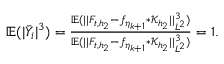
\begin{array} { r } { \mathbb { E } ( | \bar { Y } _ { i } | ^ { 3 } ) = \frac { \mathbb { E } ( \vert \vert F _ { t , { h _ { 2 } } } - f _ { \eta _ { k + 1 } } \ast \mathcal { K } _ { h _ { 2 } } \vert \vert _ { L ^ { 2 } } ^ { 3 } ) } { \mathbb { E } ( \vert \vert F _ { t , { h _ { 2 } } } - f _ { \eta _ { k + 1 } } \ast \mathcal { K } _ { h _ { 2 } } \vert \vert _ { L ^ { 2 } } ^ { 3 } ) } = 1 . } \end{array}